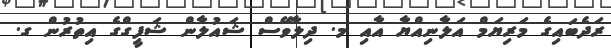
ރަދެބައިގެ މަރިޔަމް އަލާނިއްޔާ އާއި މ. ދިލާވޭސް ޝައުލާން ޝަފީގްގެ އިތުރުން ގ.